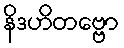
နိဒဟိတဗ္ဗော